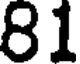
81